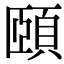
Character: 頤